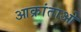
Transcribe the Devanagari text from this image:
आक्रांताओ